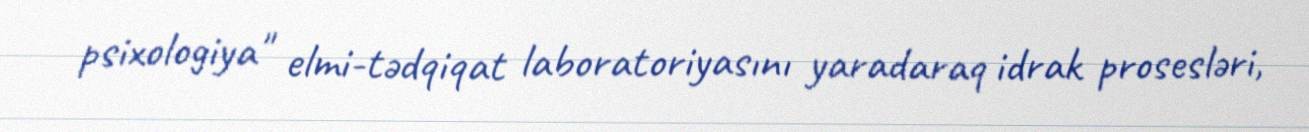
psixologiya" elmi-tədqiqat laboratoriyasını yaradaraq idrak prosesləri,